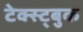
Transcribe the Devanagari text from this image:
टेक्स्ट्बुक